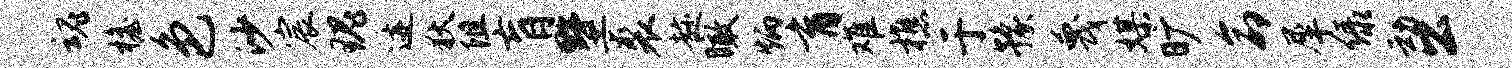
魂檐色沙宸瑰迹狄阻肓墅裘趁瞰炳育难樵于豫蔑媒旷命犀绿动公